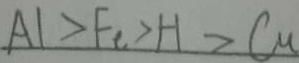
A l > F e > H > C u